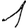
Digit: 1